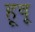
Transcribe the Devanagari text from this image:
हूवू